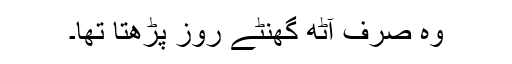
وہ صرف آٹھ گھنٹے روز پڑھتا تھا۔